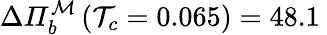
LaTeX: \Delta\mathit{\Pi}_{b}^{\mathcal{M}}\left(\mathcal{T}_{c}=0.065\right)=48.1\